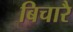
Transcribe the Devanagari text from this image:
बिचारै